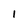
Character: 1